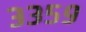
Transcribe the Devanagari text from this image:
३३५९